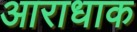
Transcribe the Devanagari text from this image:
आराधाक